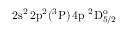
\mathrm { 2 s ^ { 2 } \, 2 p ^ { 2 } ( ^ { 3 } P ) \, 4 p ~ ^ { 2 } D _ { 5 / 2 } ^ { o } }